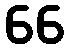
66